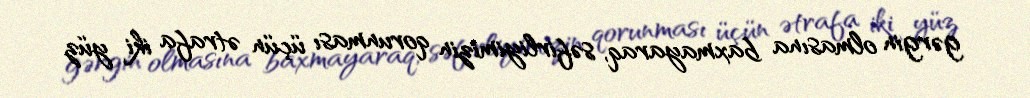
gərgin olmasına baxmayaraq, səfirliyimizin qorunması üçün ətrafa iki yüz